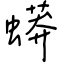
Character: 蟒